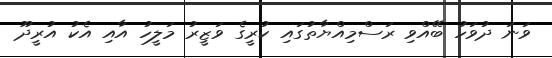
ވަނަ ދުވަހު ބޭއްވި ރަސްމިއްޔާތުގައި ކުރީގެ ވަޒީރު މަލީހު އާއި އެކު އުރީދޫ